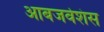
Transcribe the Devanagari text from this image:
आबजर्वेशंस